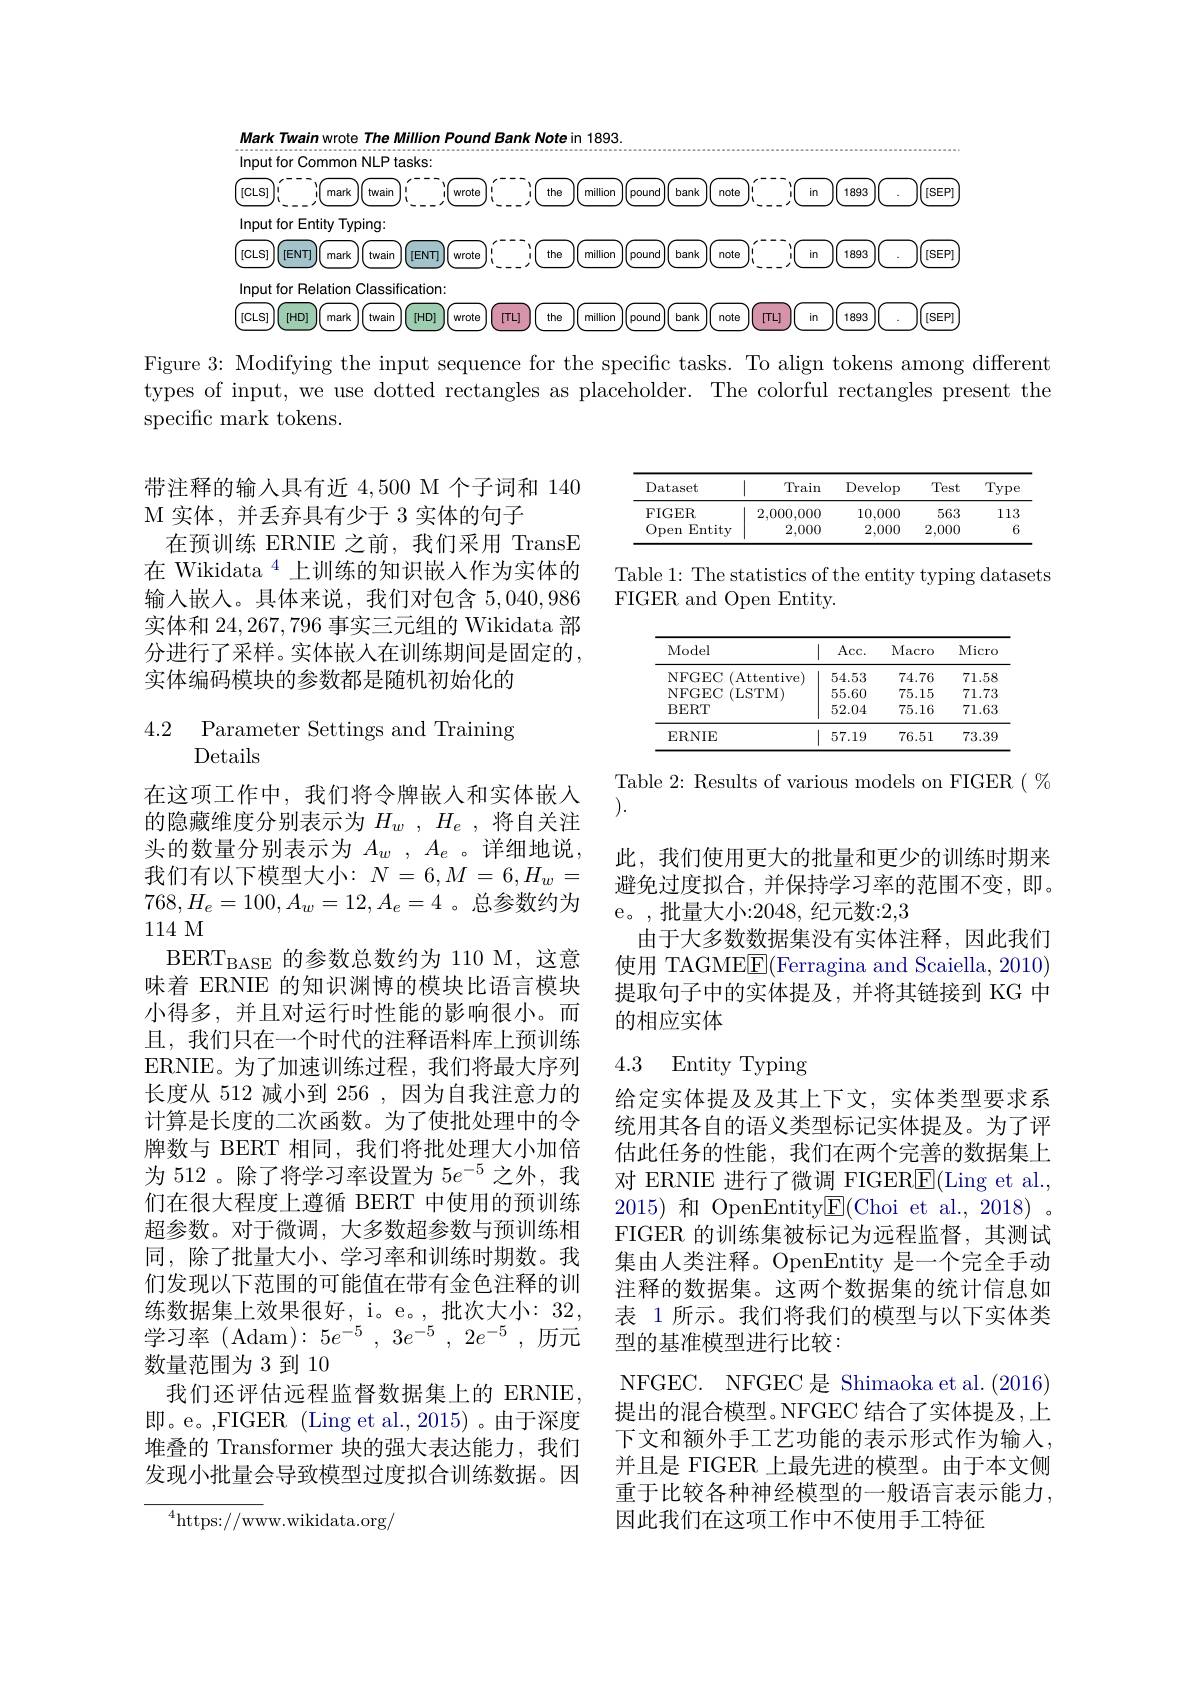
Mark Twain wrote The Million Pound Bank Note in 1893.

## Input for Common NLP tasks:
<FigureHere>

Figure 3: Modifying the input sequence for the specific tasks. To align tokens among different types of input, we use dotted rectangles as placeholder. The colorful rectangles present the specific mark tokens.

<table>
	<tbody>
		<tr>
			<th>Dataset</th>
			<th>Train</th>
			<th>Develop</th>
			<th>Test</th>
			<th>Typ$\epsilon$</th>
		</tr>
		<tr>
			<td>FIGER</td>
			<td>2,000,000</td>
			<td>10,000</td>
			<td>563</td>
			<td>113</td>
		</tr>
		<tr>
			<td>Open Entity</td>
			<td>2,000</td>
			<td>2,000</td>
			<td>2,000</td>
			<td> </td>
		</tr>
	</tbody>
</table>

带注释的输入具有近 4,500 M 个子词和 140
M 实体，并丢弃具有少于 3 实体的句子
在预训练 ERNIE 之前，我们采用 TransE 在 Wikidata $^{4}$上训练的知识嵌入作为实体的输入嵌人。具体来说，我们对包含5，040,986实体和 24, 267, 796 事实三元组的 Wikidata 部分进行了采样。实体嵌人在训练期间是固定的， 实体编码模块的参数都是随机初始化的

Table 1: The statistics of the entity typing datasets
FIGER and Open Entity.

<table>
	<tbody>
		<tr>
			<th>Model</th>
			<th>Acc. </th>
			<th>Macro</th>
			<th>Micrc</th>
		</tr>
		<tr>
			<td>NFGFC {:}(Attentive)</td>
			<td>54.53</td>
			<td>74.76</td>
			<td>$71.5\xi$</td>
		</tr>
		<tr>
			<td>NFGEC (LSTM)</td>
			<td>55.60</td>
			<td>75.15</td>
			<td>71.7</td>
		</tr>
		<tr>
			<td>BERT</td>
			<td>52.04</td>
			<td>75.16</td>
			<td>71.6</td>
		</tr>
		<tr>
			<td>ERNIE</td>
			<td>57.19</td>
			<td>76.51</td>
			<td>73.3!</td>
		</tr>
	</tbody>
</table>

$\begin{array}{ll}{4.2}&{{\mathrm{Parameter~Settings~and~Training}}}\\{{\mathrm{Details}}}\end{array}$

Table 2: Results of various models on FIGER ( %
).

此，我们使用更大的批量和更少的训练时期来避免过度拟合，并保持学习率的范围不变，即。

e。,批量大小：2048,纪元数：2,3
由于大多数数据集没有实体注释，因此我们使用 TAGMEE(Ferragina and Scaiella, 2010) 提取句子中的实体提及，并将其链接到 KG 中的相应实体

### 4.3 Entity Typing

在这项工作中，我们将令牌嵌入和实体嵌人的隐藏维度分别表示为$H_w$ , $H_e$ ,将自关注头的数量分别表示为 $A_w$ , $A_e$ 。详细地说， 我们有以下模型大小$:N=6,M=6,H_w=$ $768,H_e=100,A_w=12,A_e=4$ 。总参数约为114 M
$\mathrm{BERT}_{\mathrm{BASE}}$的参数总数约为 110 M,这意味着 ERNIE 的知识渊博的模块比语言模块小得多，并且对运行时性能的影响很小。而且，我们只在一个时代的注释语料库上预训练ERNIE。为了加速训练过程，我们将最大序列长度从 512 减小到 256 ,因为自我注意力的计算是长度的二次函数。为了使批处理中的令牌数与 BERT 相同，我们将批处理大小加倍为 512 。除了将学习率设置为$5e^{-5}$之外，我们在很大程度上遵循 BERT 中使用的预训练超参数。对于微调，大多数超参数与预训练相同，除了批量大小、学习率和训练时期数。我们发现以下范围的可能值在带有金色注释的训练数据集上效果很好，i。e。,批次大小：32, 学习率(Adam$):5e^-5,3e^{-5},2e^{-5}$,历元数量范围为 3 到 10
我们还评估远程监督数据集上的 ERNIE 即。e。,FIGER (Ling et al., 2015) 。由于深度堆叠的 Transformer 块的强大表达能力，我们发现小批量会导致模型过度拟合训练数据。因

给定实体提及及其上下文，实体类型要求系统用其各自的语义类型标记实体提及。为了评估此任务的性能，我们在两个完善的数据集上对 ERNIE 进行了微调 FIGER$\underline{\mathrm{E}}($Ling et al., 2015)和 OpenEntity$\boxed{\mathrm{E}}($Choi et al.,2018)。FIGER 的训练集被标记为远程监督，其测试集由人类注释。OpenEntity 是一个完全手动注释的数据集。这两个数据集的统计信息如表 1 所示。我们将我们的模型与以下实体类型的基准模型进行比较：
NFGEC. NFGEC 是 Shimaoka et al. (2016) 提出的混合模型。NFGEC 结合了实体提及，上下文和额外手工艺功能的表示形式作为输入， 并且是 FIGER 上最先进的模型。由于本文侧重于比较各种神经模型的一般语言表示能力， 因此我们在这项工作中不使用手工特征

$^{4}$https://www.wikidata.org/